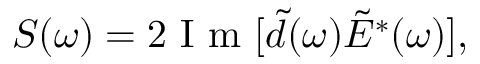
S ( \omega ) = 2 \mathrm { ~ I ~ m ~ } [ \tilde { d } ( \omega ) \tilde { E } ^ { \ast } ( \omega ) ] ,